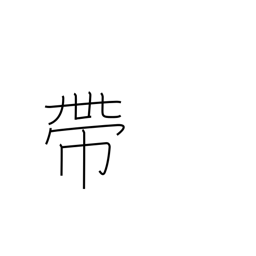
Meaning: band